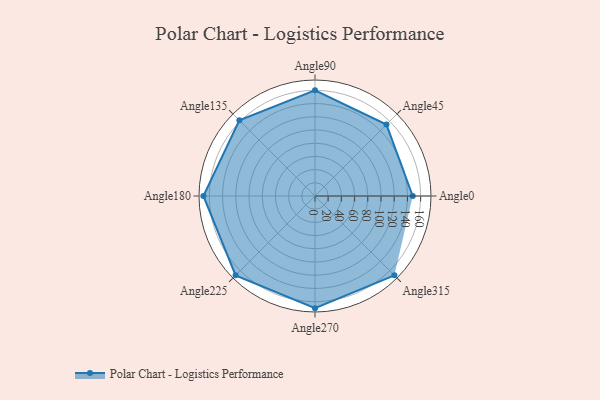
{"axis": {"x": "Angle", "y": "Radius"}, "legend": [""], "data": [{"x": "Angle0", "y": 148.0, "type": ""}, {"x": "Angle45", "y": 153.0, "type": ""}, {"x": "Angle90", "y": 160.0, "type": ""}, {"x": "Angle135", "y": 162.0, "type": ""}, {"x": "Angle180", "y": 169.0, "type": ""}, {"x": "Angle225", "y": 170.0, "type": ""}, {"x": "Angle270", "y": 170, "type": ""}, {"x": "Angle315", "y": 170, "type": ""}]}